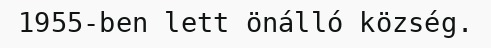
1955-ben lett önálló község.